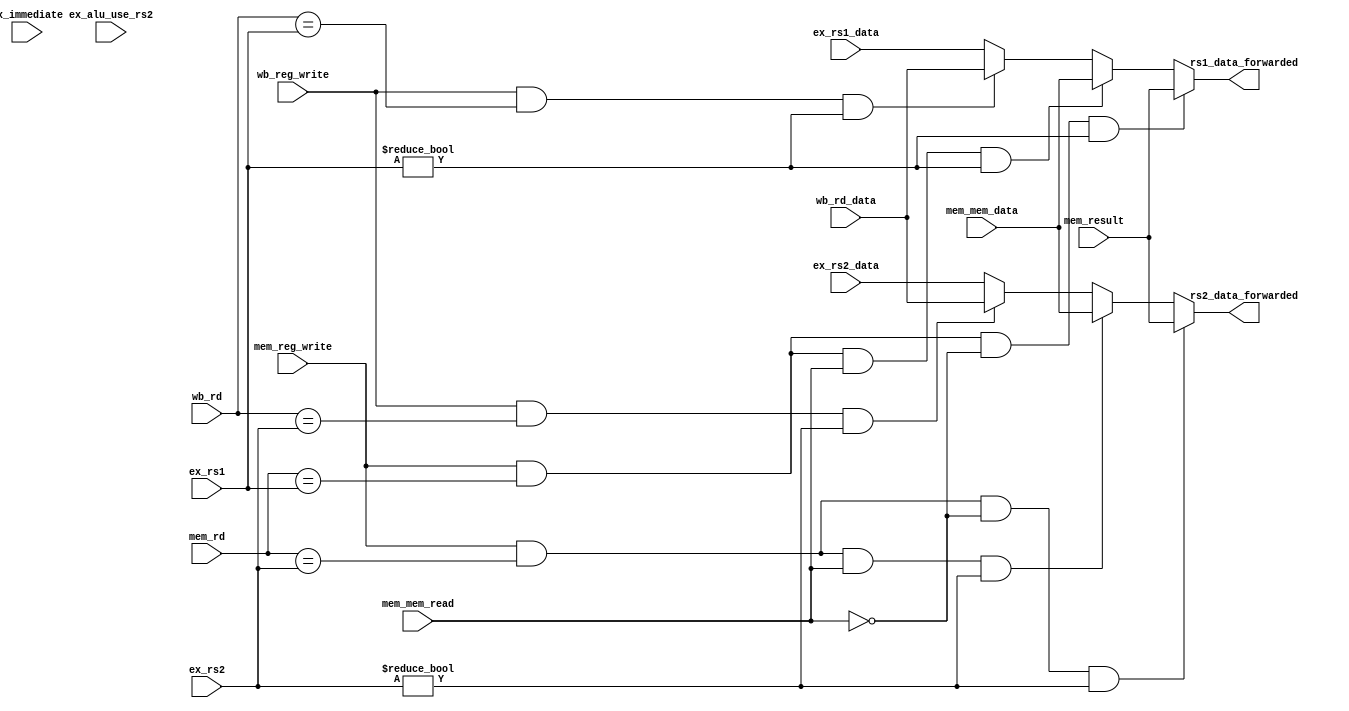
module forwarding (
    input wire [31:0] ex_rs1_data,
    input wire [31:0] ex_rs2_data,
    input wire [31:0] ex_immediate,
    input wire [4:0] ex_rs1,
    input wire [4:0] ex_rs2,
    input wire ex_alu_use_rs2,
    input wire mem_reg_write,
    input wire mem_mem_read,
    input wire [4:0] mem_rd,
    input wire [31:0] mem_result,
    input wire [31:0] mem_mem_data,
    input wire [4:0] wb_rd,
    input wire [31:0] wb_rd_data,
    input wire wb_reg_write,
    output reg [31:0] rs1_data_forwarded,
    output reg [31:0] rs2_data_forwarded
);
  wire should_bypass_wb_a;
  wire should_bypass_wb_b;
  wire should_bypass_mem_a;
  wire should_bypass_mem_b;
  wire should_bypass_mem_read_a;
  wire should_bypass_mem_read_b;

  assign should_bypass_wb_a = wb_reg_write && (wb_rd == ex_rs1) && ex_rs1 != 0;
  assign should_bypass_wb_b = wb_reg_write && (wb_rd == ex_rs2) && ex_rs2 != 0;
  assign should_bypass_mem_a = mem_reg_write && (mem_rd == ex_rs1) && !mem_mem_read && ex_rs1 != 0;
  assign should_bypass_mem_b = mem_reg_write && (mem_rd == ex_rs2) && !mem_mem_read && ex_rs2 != 0;
  assign should_bypass_mem_read_a = mem_reg_write && (mem_rd == ex_rs1) && mem_mem_read && ex_rs1 != 0;
  assign should_bypass_mem_read_b = mem_reg_write && (mem_rd == ex_rs2) && mem_mem_read && ex_rs2 != 0;

  always @* begin
    if (should_bypass_mem_a) begin
      rs1_data_forwarded <= mem_result;
    end else if (should_bypass_mem_read_a) begin
      rs1_data_forwarded <= mem_mem_data;
    end else if (should_bypass_wb_a) begin
      rs1_data_forwarded <= wb_rd_data;
    end else begin
      rs1_data_forwarded <= ex_rs1_data;
    end

    if (should_bypass_mem_b) begin
      rs2_data_forwarded <= mem_result;
    end else if (should_bypass_mem_read_b) begin
      rs2_data_forwarded <= mem_mem_data;
    end else if (should_bypass_wb_b) begin
      rs2_data_forwarded <= wb_rd_data;
    end else begin
      rs2_data_forwarded <= ex_rs2_data;
    end
  end
endmodule